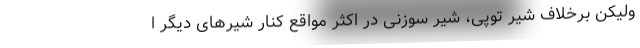
ولیکن برخلاف شیر توپی، شیر سوزنی در اکثر مواقع کنار شیرهای دیگر ا